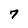
Character: 7